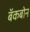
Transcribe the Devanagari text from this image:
बॅकबोन